Annual vaccination report of Bihar and Orissa - 1911-1928
Year: 1911
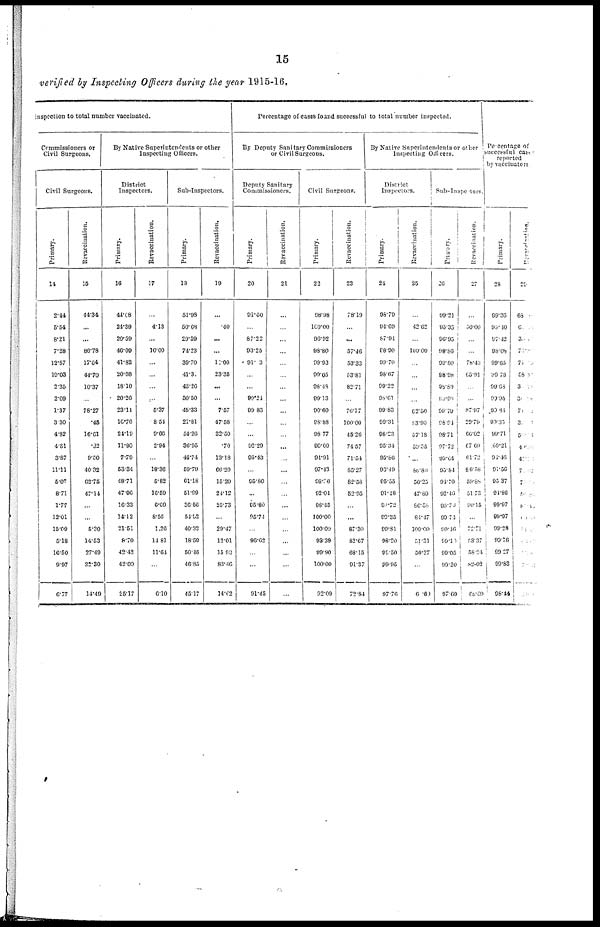
15
verified by Inspecting Officers during the year 1915-16.
inspection to total number vaccinated.
Commissioners or
Civil Surgeons.
Civil Surgeons.
Primary.
14
2.44
5.54
8.21
7.28
12.57
19.03
2.35
2.09
1.37
3.30
4.82
4.31
3.87
11.11
5.07
8.71
1.77
12.01
15.09
5.18
16.50
9.97
6.77
Revaccination.
15
44.34
...
...
86.78
17.64
44.70
10.37
...
78.27
.45
16.61
.32
9.50
40.32
62.75
47.14
...
...
5.30
14.53
27.49
22.30
14.49
By Native Superintendents or other
Inspecting Officers.
District
Inspectors.
Primary.
16
41.08
24.39
20.59
46.09
41.82
20.98
18.10
20.26
23.11
16.76
21.19
11.90
7.79
53.34
48.71
47.90
16.33
14.12
21.51
8.70
42.42
42.09
25.17
Revaccination.
17
...
4.13
...
10.00
...
...
...
...
5.37
8.54
9.66
2.94
...
18.36
5.82
16.59
6.69
8.56
1.26
14.81
11.64
...
6.10
Sub-Inspectors.
Primary.
18
51.98
50.68
20.39
74.23
39.70
41.30
43.26
50.50
45.33
21.81
54.26
36.95
48.74
59.79
61.18
51.99
36.56
54.52
40.32
18.59
50.46
46.85
45.17
Revaccination.
19
...
.40
...
...
12.00
23.35
...
...
7.57
47.58
32.50
.70
13.18
66.20
15.20
24.12
25.73
...
29.47
12.01
15.93
83.40
14.62
Percentage of cases found successful to total number inspected.
By Deputy Sanitary Commissioners
or Civil Surgeons.
Deputy Sanitary
Commissioners.
Primary.
20
91.60
...
87.22
93.25
91.3
...
...
99.24
99.83
...
...
92.29
95.43
...
95.80
...
95.80
95.74
...
96.62
...
...
91.45
Revaccination.
21
...
...
...
...
...
...
...
...
...
...
...
...
...
...
...
...
...
...
...
...
...
...
...
Civil Surgeons.
Primary.
22
98.98
100.00
96.92
98.80
99.93
99.05
98.48
99.13
90.60
98.88
98.77
99.00
94.91
97.43
98.88
92.04
98.45
100.00
100.00
98.39
99.90
100.00
92.09
Revaccination.
23
78.19
...
...
57.46
53.33
53.81
82.71
...
76.77
100.00
45.26
74.57
71.54
85.27
82.58
52.95
...
...
87.30
52.67
68.15
91.37
72.84
By Native Superintendents or other
Inspecting Officers.
District
Inspectors.
Primary.
24
98.79
94.69
87.91
98.90
98.70
98.67
99.22
98.61
99.83
99.31
98.23
95.34
95.80
96.49
95.55
91.48
91.72
99.35
99.81
98.20
99.50
99.95
97.76
Revaccination.
25
...
42.62
...
100.00
...
...
...
...
62.50
83.90
57.18
59.55
...
88.80
56.25
47.89
86.58
84.47
100.00
51.31
50.37
...
60.60
Sub-Inspectors.
Primary.
26
99.21
95.35
96.95
98.86
99.50
98.98
98.80
10.90
99.79
98.94
98.71
97.72
99.64
95.84
91.70
92.46
99.70
99.74
99.46
99.10
99.05
99.20
97.69
Revaccination.
27
...
30.00
...
...
78.43
65.91
...
...
87.97
20. 79
66.02
67.69
61.72
86.58
59.88
51.73
90.15
...
72.71
53.37
58.24
82.02
68.69
Percentage of
successful cases
reported
by vaccinators
Primary.
28
99.36
99.40
97.42
98.08
99.65
99.78
99.68
99.95
90.84
99.35
99.71
99.21
94.46
91.56
95.37
94.86
99.97
99.97
99.28
99.76
99.27
99.83
98.44
Revaccination.
29
68
6
3
70
71
58
3
3
7
30
5
40
47
7
7
5
8
0
...
...
...
...
...